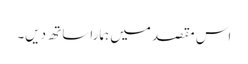
اس مقصد میں ہمارا ساتھ دیں۔